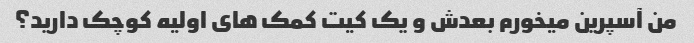
من آسپرین میخورم بعدش و یک کیت کمک های اولیه کوچک دارید؟